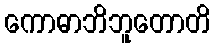
ကောဓာဘိဘူတောတိ